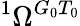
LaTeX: {}^{1}\Omega^{G_{0}T_{0}}